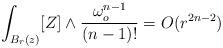
LaTeX: \begin{align*}\int _{B_r(z)} [Z]\wedge \frac{\omega _o^{n-1}}{(n-1)!} = O(r^{2n-2})\end{align*}